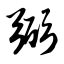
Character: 弼